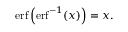
\operatorname { e r f } \left( \operatorname { e r f } ^ { - 1 } ( x ) \right) = x .